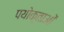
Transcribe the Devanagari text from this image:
पयोक्ताओं